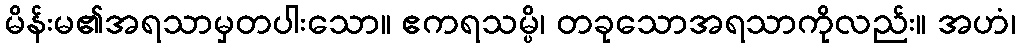
မိန်းမ၏အရသာမှတပါးသော။ ဧကရသမ္ပိ၊ တခုသောအရသာကိုလည်း။ အဟံ၊